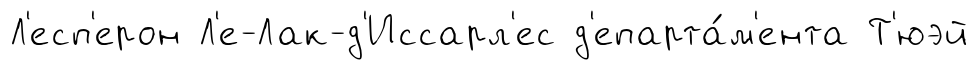
Л'есп'ерон Л'е-Лак-д'Иссарл'ес д'епарта́м'ента Т'юэй